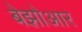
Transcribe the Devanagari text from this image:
बेझोआर